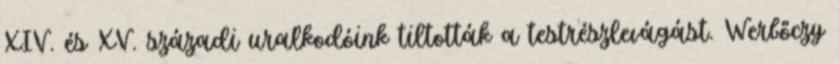
XIV. és XV. századi uralkodóink tiltották a testrészlevágást. Werbőczy